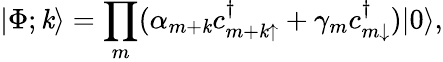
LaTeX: |\Phi;\mathit{k}\rangle=\prod_{m}(\alpha_{m+\mathit{k}}c_{{m+\mathit{k}}\uparrow}^{\dagger}+\gamma_{m}c_{m\downarrow}^{\dagger})|0\rangle,